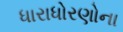
ધારાધોરણોના